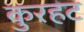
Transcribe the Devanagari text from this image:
कुरहट